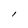
Character: l